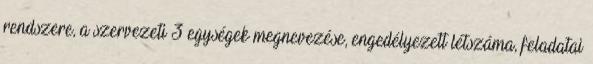
rendszere, a szervezeti 3 egységek megnevezése, engedélyezett létszáma, feladatai